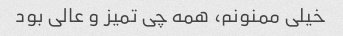
خیلی ممنونم، همه چی تمیز و عالی بود